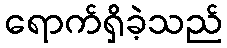
ရောက်ရှိခဲ့သည်